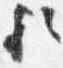
歟